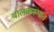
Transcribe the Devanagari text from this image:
बालकरूपात